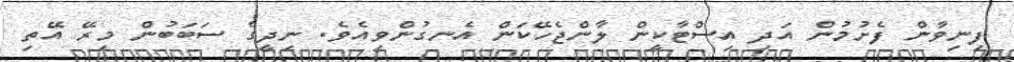
ފިނިވާން ފެށުމުން އަދި އިސްޓާކީން ލާންޖެހޭކަން އެނގުންވިއެވެ. ނިދީގެ ސަބަބުން މިރޭ އޭތި